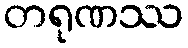
တရုဏဿ